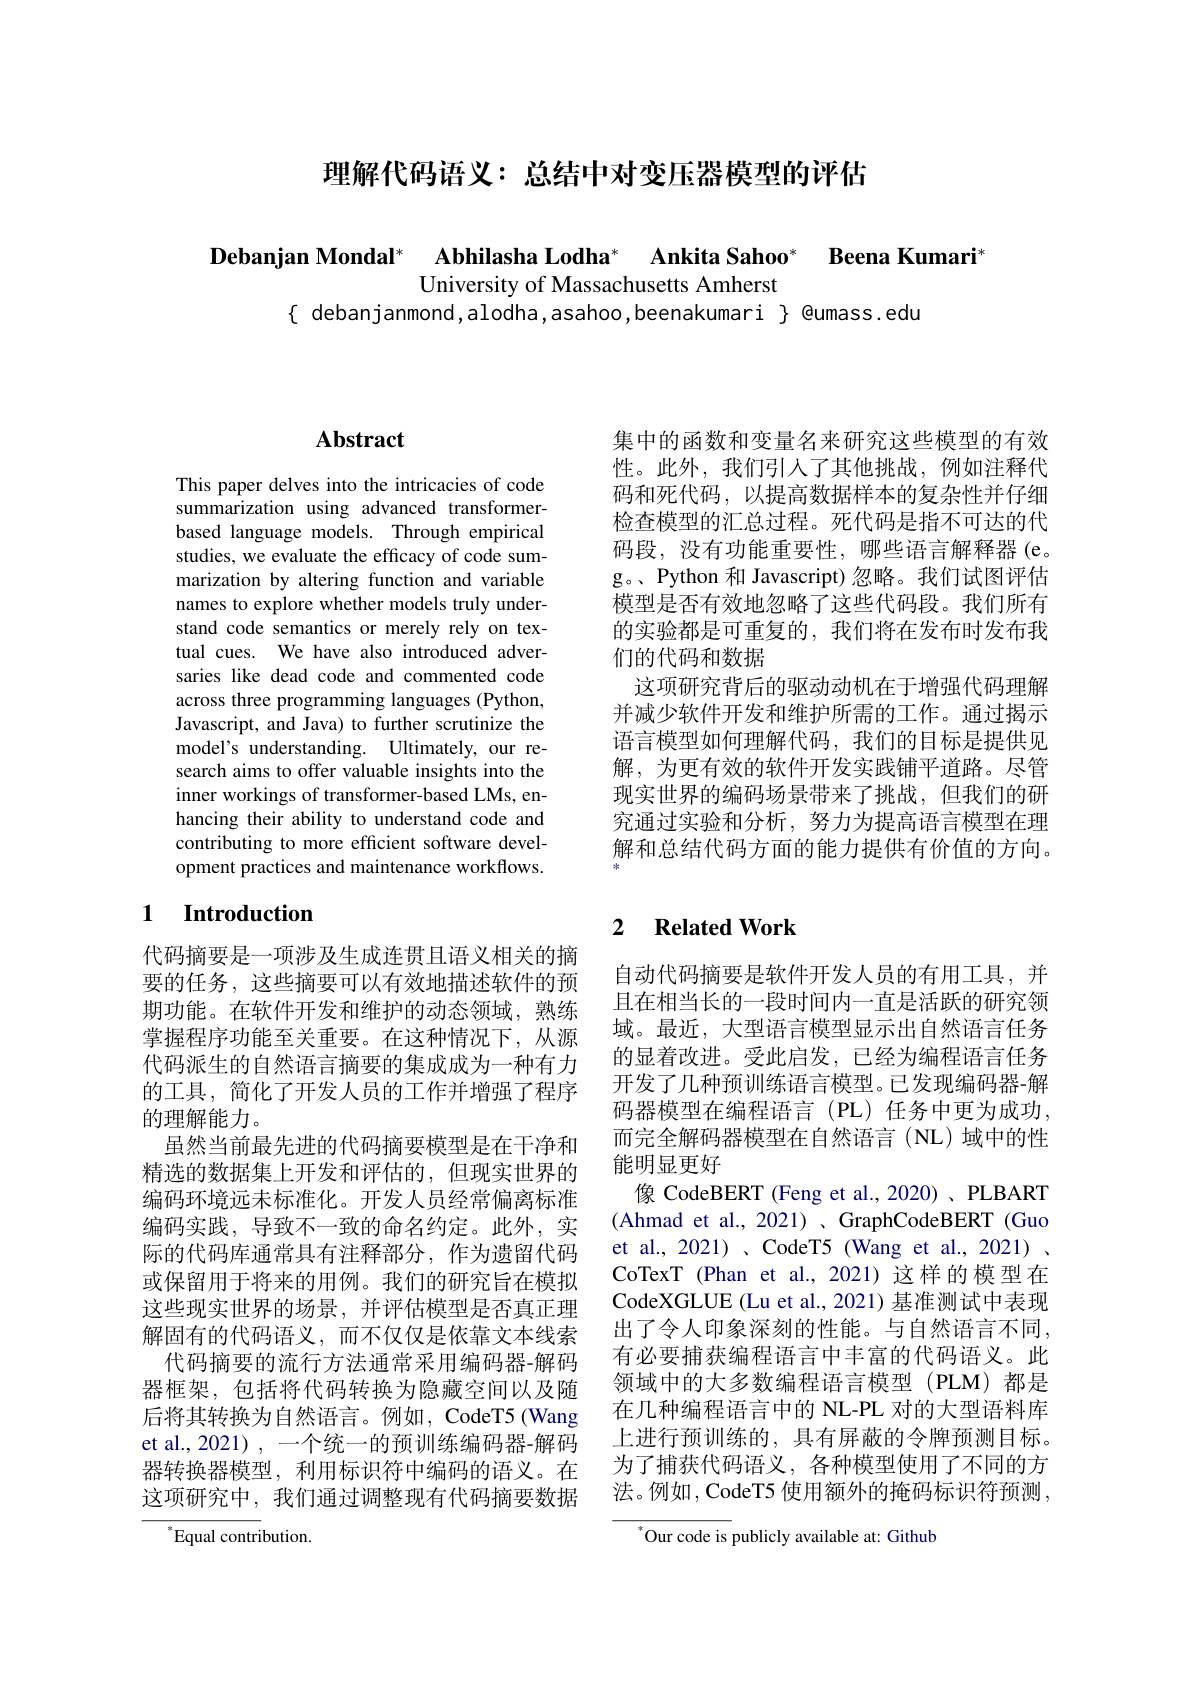
理解代码语义：总结中对变压器模型的评估

Debanian Mondal* Abhilasha Lodha* Ankita Sahoo* Beena Kumari

University of Massachusetts Amherst
$\{$ debanjanmond,alodha,asahoo,beenakumari $\}$ @umass.edu

集中的函数和变量名来研究这些模型的有效性。此外，我们引人了其他挑战，例如注释代码和死代码，以提高数据样本的复杂性并仔细检查模型的汇总过程。死代码是指不可达的代码段，没有功能重要性，哪些语言解释器(e。g。、Python 和 Javascript) 忽略。我们试图评估模型是否有效地忽略了这些代码段。我们所有的实验都是可重复的，我们将在发布时发布我们的代码和数据
这项研究背后的驱动动机在于增强代码理解并减少软件开发和维护所需的工作。通过揭示语言模型如何理解代码，我们的目标是提供见解，为更有效的软件开发实践铺平道路。尽管现实世界的编码场景带来了挑战，但我们的研究通过实验和分析，努力为提高语言模型在理解和总结代码方面的能力提供有价值的方向。

### $\mathbf{Abstract}$

This paper delves into the intricacies of code summarization using advanced transformerbased language models. Through empirical studies, we evaluate the efficacy of code summarization by altering function and variable names to explore whether models truly understand code semantics or merely rely on textual cues. We have also introduced adversaries like dead code and commented code across three programming languages (Python, Javascript, and Java) to further scrutinize the model's understanding. Ultimately, our research aims to offer valuable insights into the inner workings of transformer-based LMs, enhancing their ability to understand code and contributing to more efficient software development practices and maintenance workflows.

### 1 $\textbf{Introduction}$

代码摘要是一项涉及生成连贯且语义相关的摘要的任务，这些摘要可以有效地描述软件的预期功能。在软件开发和维护的动态领域，熟练掌握程序功能至关重要。在这种情况下，从源代码派生的自然语言摘要的集成成为一种有力的工具，简化了开发人员的工作并增强了程序的理解能力。
虽然当前最先进的代码摘要模型是在干净和精选的数据集上开发和评估的，但现实世界的编码环境远未标准化。开发人员经常偏离标准编码实践，导致不一致的命名约定。此外，实际的代码库通常具有注释部分，作为遗留代码或保留用于将来的用例。我们的研究旨在模拟这些现实世界的场景，并评估模型是否真正理解固有的代码语义，而不仅仅是依靠文本线索
代码摘要的流行方法通常采用编码器-解码器框架，包括将代码转换为隐藏空间以及随后将其转换为自然语言。例如，CodeT5 (Wang et al., 2021) , 一个统一的预训练编码器-解码器转换器模型，利用标识符中编码的语义。在这项研究中，我们通过调整现有代码摘要数据

$^{*}$Equal contribution.

### 2 $\textbf{Related Work}$

自动代码摘要是软件开发人员的有用工具，并且在相当长的一段时间内一直是活跃的研究领域。最近，大型语言模型显示出自然语言任务的显着改进。受此启发，已经为编程语言任务开发了几种预训练语言模型。已发现编码器-解码器模型在编程语言(PL)任务中更为成功， 而完全解码器模型在自然语言(NL)域中的性能明显更好
像 CodeBERT (Feng et al.,2020) 、PLBART (Ahmad et al., 2021)、GraphCodeBERT (Guo et al., 2021) , CodeT5 (Wang et al., 2021) . CoTexT (Phan et al.,2021)这样的模型在CodeXGLUE (Lu et al., 2021) 基准测试中表现出了令人印象深刻的性能。与自然语言不同， 有必要捕获编程语言中丰富的代码语义。此领域中的大多数编程语言模型(PLM)都是在几种编程语言中的 NL-PL 对的大型语料库上进行预训练的，具有屏蔽的令牌预测目标。为了捕获代码语义，各种模型使用了不同的方法。例如，CodeT5 使用额外的掩码标识符预测，

$^*$Our code is publicly available at: Github